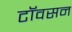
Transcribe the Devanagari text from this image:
टॉवसन